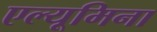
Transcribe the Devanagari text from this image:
एल्यूमिना